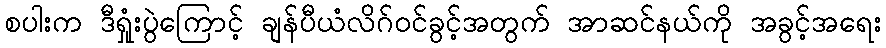
စပါးက ဒီရှုံးပွဲကြောင့် ချန်ပီယံလိဂ်ဝင်ခွင့်အတွက် အာဆင်နယ်ကို အခွင့်အရေး